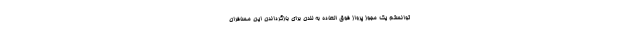
توانستم یک مجوز پرواز فوق العاده به لندن برای بازگرداندن این مسافران